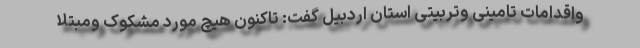
واقدامات تامینی وتربیتی استان اردبیل گفت: تاکنون هیچ مورد مشکوک ومبتلا